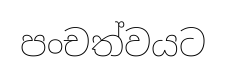
පංචත්වයට